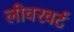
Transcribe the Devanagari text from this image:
लीवरवर्ट